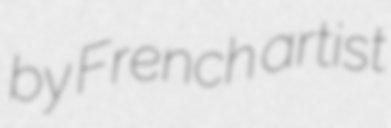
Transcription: by French artist